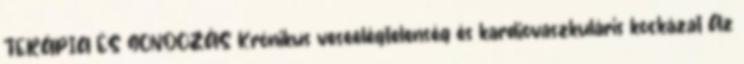
TERÁPIA ÉS GONDOZÁS Krónikus veseelégtelenség és kardiovaszkuláris kockázat Az